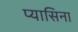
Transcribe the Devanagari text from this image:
प्यासिना